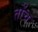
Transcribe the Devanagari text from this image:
तोंच